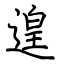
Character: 遑